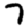
Digit: 7